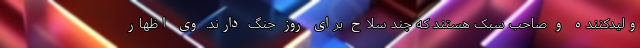
ولیدکننده و صاحب سبک هستند که چند سلاح برای روز جنگ دارند. وی اظهار